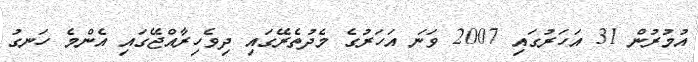
އުމުރުން 31 އަހަރުގައި 2007 ވަނަ އަހަރުގެ މެދުތެރޭގައި ދިވެހިރާއްޖޭގައި އެންމެ ހަނގު